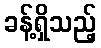
ခန့်ရှိသည့်